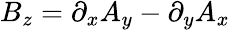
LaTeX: \begin{array}{r}{B_{z}=\partial_{x}A_{y}-\partial_{y}A_{x}}\end{array}